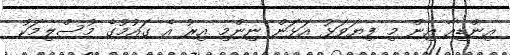
އިންޑިއާ އިން މި ފިޔަވަޅު އަޅަން ނިންމި އިރު އެ ގައުމުގެ މުސްލިމަކު